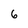
Character: 6